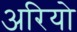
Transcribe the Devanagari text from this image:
अरियो